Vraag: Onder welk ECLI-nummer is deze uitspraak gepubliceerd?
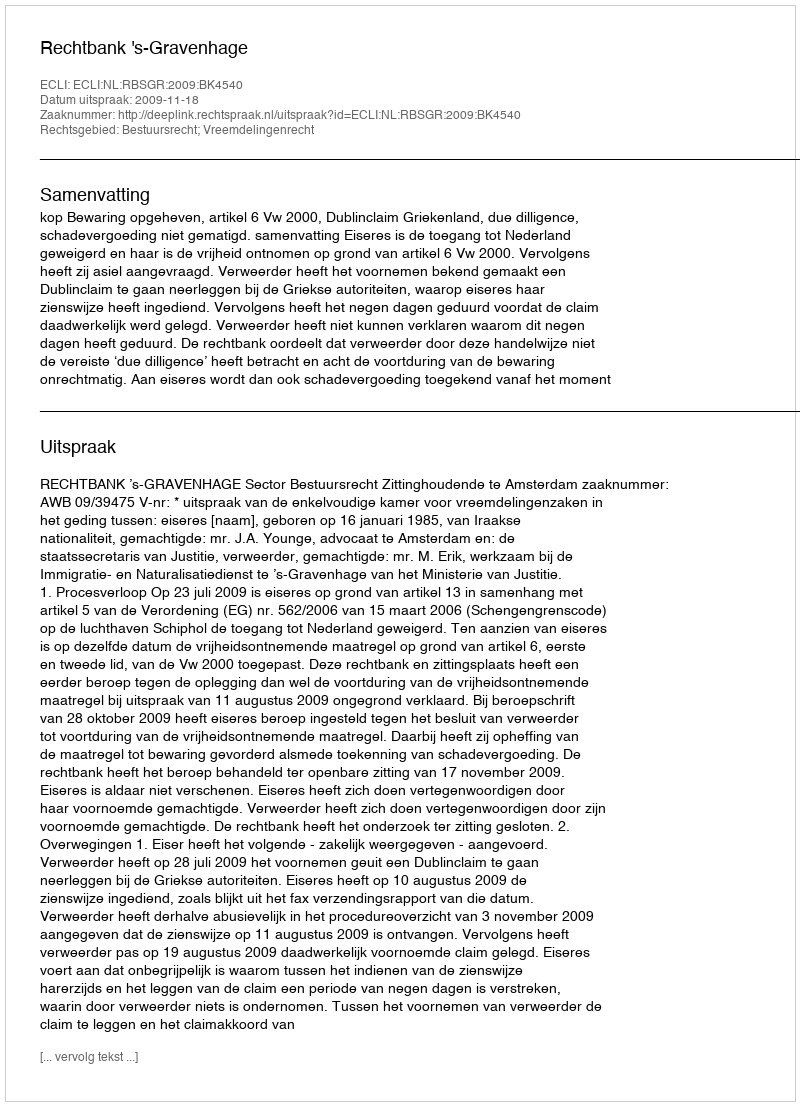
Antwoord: ECLI:NL:RBSGR:2009:BK4540